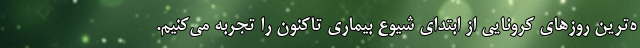
ه‌ترین روز‌های کرونایی از ابتدای شیوع بیماری تاکنون را تجربه می‌کنیم.